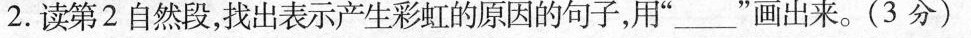
2.读第2自然段，找出表示产生彩虹的原因的句子，用”___”画出来。(3分)